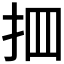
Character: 𢪾